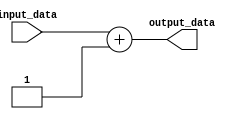
module Generate_Parameterized_Module #(parameter DATA_WIDTH = 8) (
    input wire [DATA_WIDTH-1:0] input_data,
    output wire [DATA_WIDTH-1:0] output_data
);

//Behavioral block that performs a specific operation based on input parameters
assign output_data = input_data + 1;

endmodule